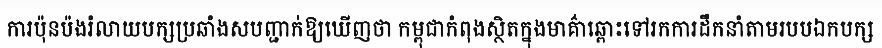
ការប៉ុនប៉ងរំលាយបក្សប្រឆាំងសបញ្ជាក់ឱ្យឃើញថា កម្ពុជាកំពុងស្ថិតក្នុងមាគ៌ាឆ្ពោះទៅរកការដឹកនាំតាមរបបឯកបក្ស